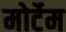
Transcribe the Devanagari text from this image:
मोर्टेम